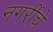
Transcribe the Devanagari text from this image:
नगरींचे